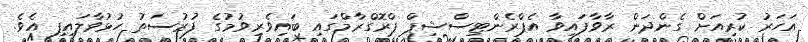
އަހަރު ކުރިއަށް ގެންދަން ރާވާފައިވާ އެޕްރެންޓިސްޝިޕް ޕްރޮގްރާމްގައި ބައިވެރިވުމުގެ ފުރުސަތު ހުޅުވާލައިފި އެވެ.